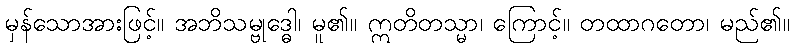
မှန်သောအားဖြင့်။ အဘိသမ္ဗုဒ္ဓေါ၊ မူ၏။ ဣတိတသ္မာ၊ ကြောင့်။ တထာဂတော၊ မည်၏။